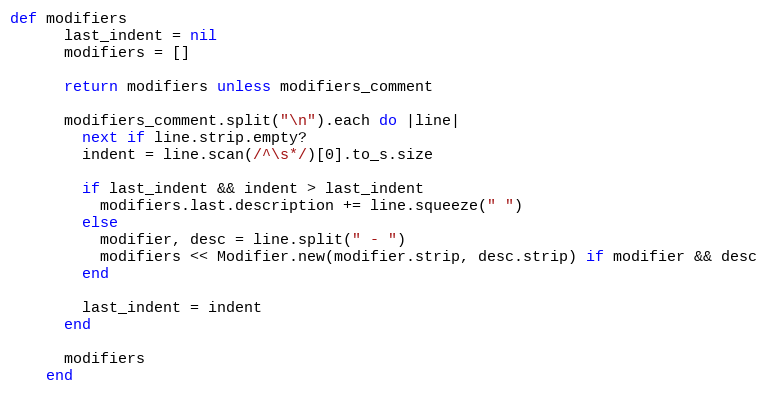
Language: Ruby
def modifiers
      last_indent = nil
      modifiers = []

      return modifiers unless modifiers_comment

      modifiers_comment.split("\n").each do |line|
        next if line.strip.empty?
        indent = line.scan(/^\s*/)[0].to_s.size

        if last_indent && indent > last_indent
          modifiers.last.description += line.squeeze(" ")
        else
          modifier, desc = line.split(" - ")
          modifiers << Modifier.new(modifier.strip, desc.strip) if modifier && desc
        end

        last_indent = indent
      end

      modifiers
    end